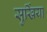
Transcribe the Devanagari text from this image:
सुर्खिया